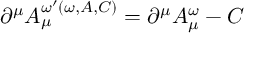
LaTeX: \partial ^ { \mu } A _ { \mu } ^ { \omega ^ { \prime } ( \omega , A , C ) } = \partial ^ { \mu } A _ { \mu } ^ { \omega } - C